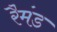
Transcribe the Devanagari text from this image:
रैमंड